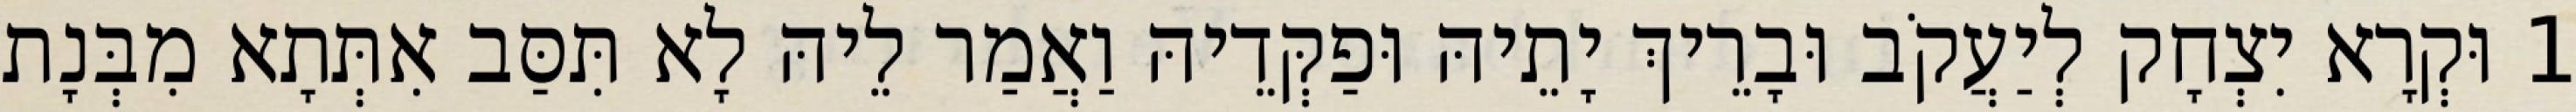
1 וּקְרָא יִצְחָק לְיַעֲקֹב וּבָרֵיךְ יָתֵיהּ וּפַקְּדֵיהּ וַאֲמַר לֵיהּ לָא תִּסַּב אִתְּתָא מִבְּנָת